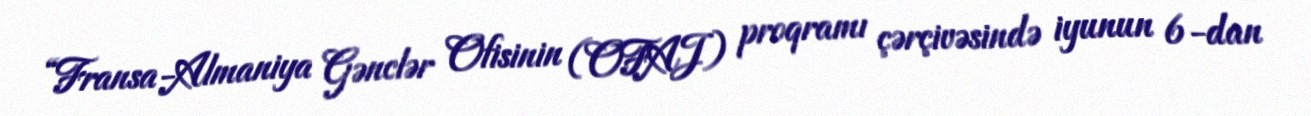
“Fransa-Almaniya Gənclər Ofisinin (OFAJ) proqramı çərçivəsində iyunun 6-dan